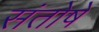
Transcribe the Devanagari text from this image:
संतोषें